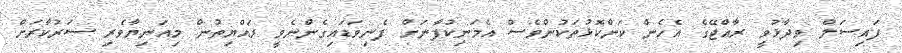
ފައިސަލް ވިދާޅުވީ ރާއްޖޭގެ އެހެން ކަންކޮޅުތަކުންވެސް އެމަނިކުފާނަށް ފެނިވަަޑައިގެންނެވީ ރައްޔިތުން މިއަނިޔާވެރި ސަރުކާރަށް